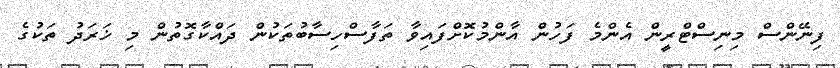
ފިނޭންސް މިނިސްޓްރީން އެންމެ ފަހުން އާންމުކޮށްފައިވާ ތަފާސްހިސާބުތަކުން ދައްކާގޮތުން މި ޚަރަދު ތަކުގެ